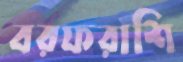
বরফরাশি